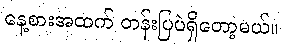
နေ့စားအထက် တန်းပြပဲရှိတော့မယ်။